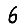
Digit: 6